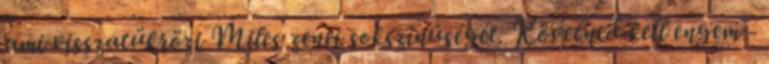
ami visszatükrözi Miles zenei sokszínűségét. Követned kell engem -